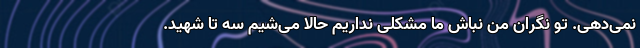
نمی‌دهی. تو نگران من نباش ما مشکلی نداریم حالا می‌شیم سه تا شهید.